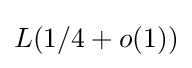
L(1/4+o(1))